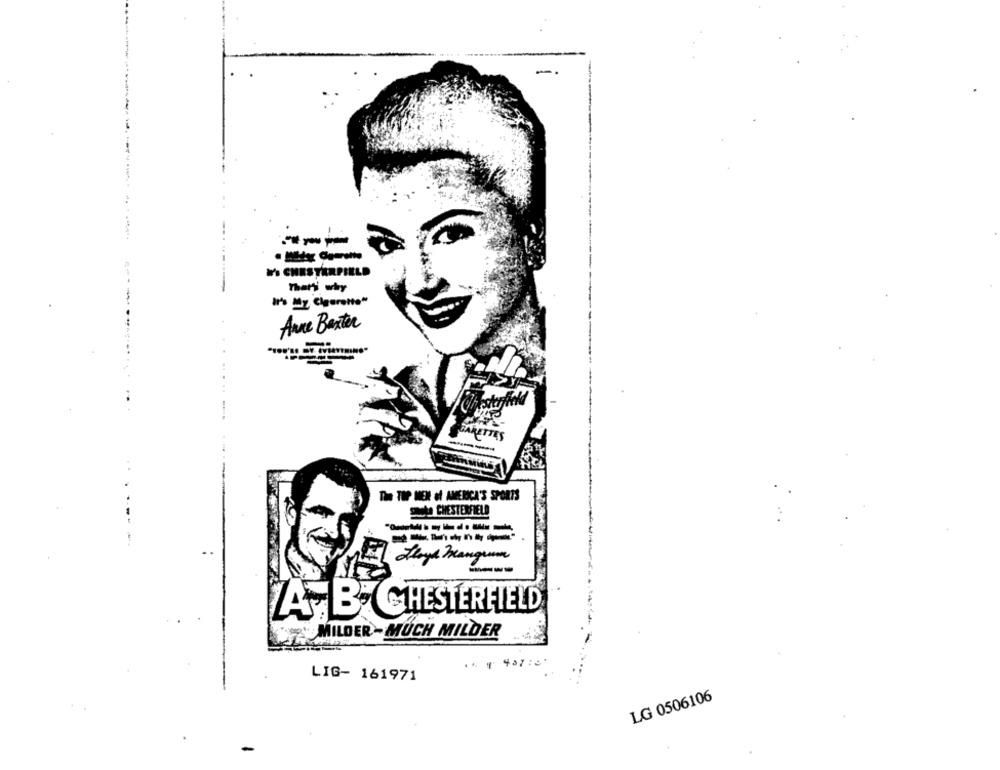
-
₩'S CHESTERFIELD
Theri why
-
It's My Cigarette"
Anne Baxter
-...
BARETTE
The TOP MEN of AMERICA'S SPORTS
Shots CHESTERFIELD
------
-------
Floyd Mangum
A-B- CHESTERFIELD
"MILDER - MUCH MILDER
LIG- 161971
LG 0506106